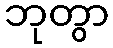
ဘုတွာ